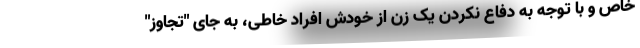
خاص و با توجه به دفاع نکردن یک زن از خودش افراد خاطی، به جای "تجاوز"